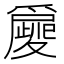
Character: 𤔿